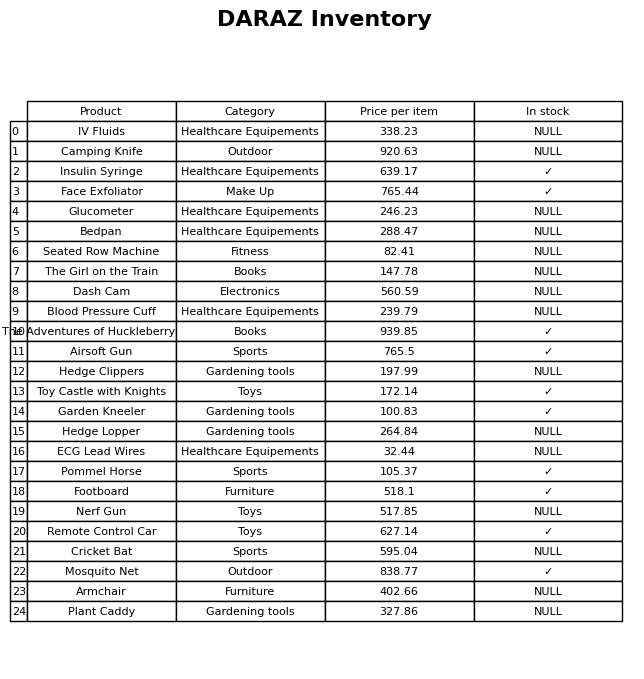
question: What is the price for Remote Control Car?
answer: The price of Remote Control Car is 627.14.